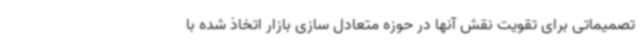
تصمیماتی برای تقویت نقش آنها در حوزه متعادل سازی بازار اتخاذ شده با